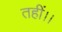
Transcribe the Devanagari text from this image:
तहीं।।